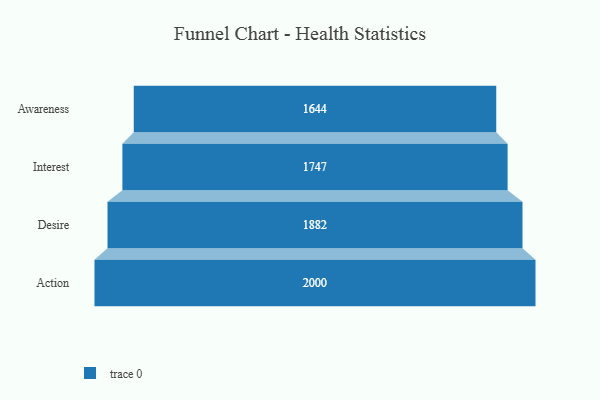
{"axis": {"x": "Stage", "y": "Value"}, "legend": [""], "data": [{"x": "Awareness", "y": 1644.0, "type": ""}, {"x": "Interest", "y": 1747.0, "type": ""}, {"x": "Desire", "y": 1882.0, "type": ""}, {"x": "Action", "y": 2000, "type": ""}]}